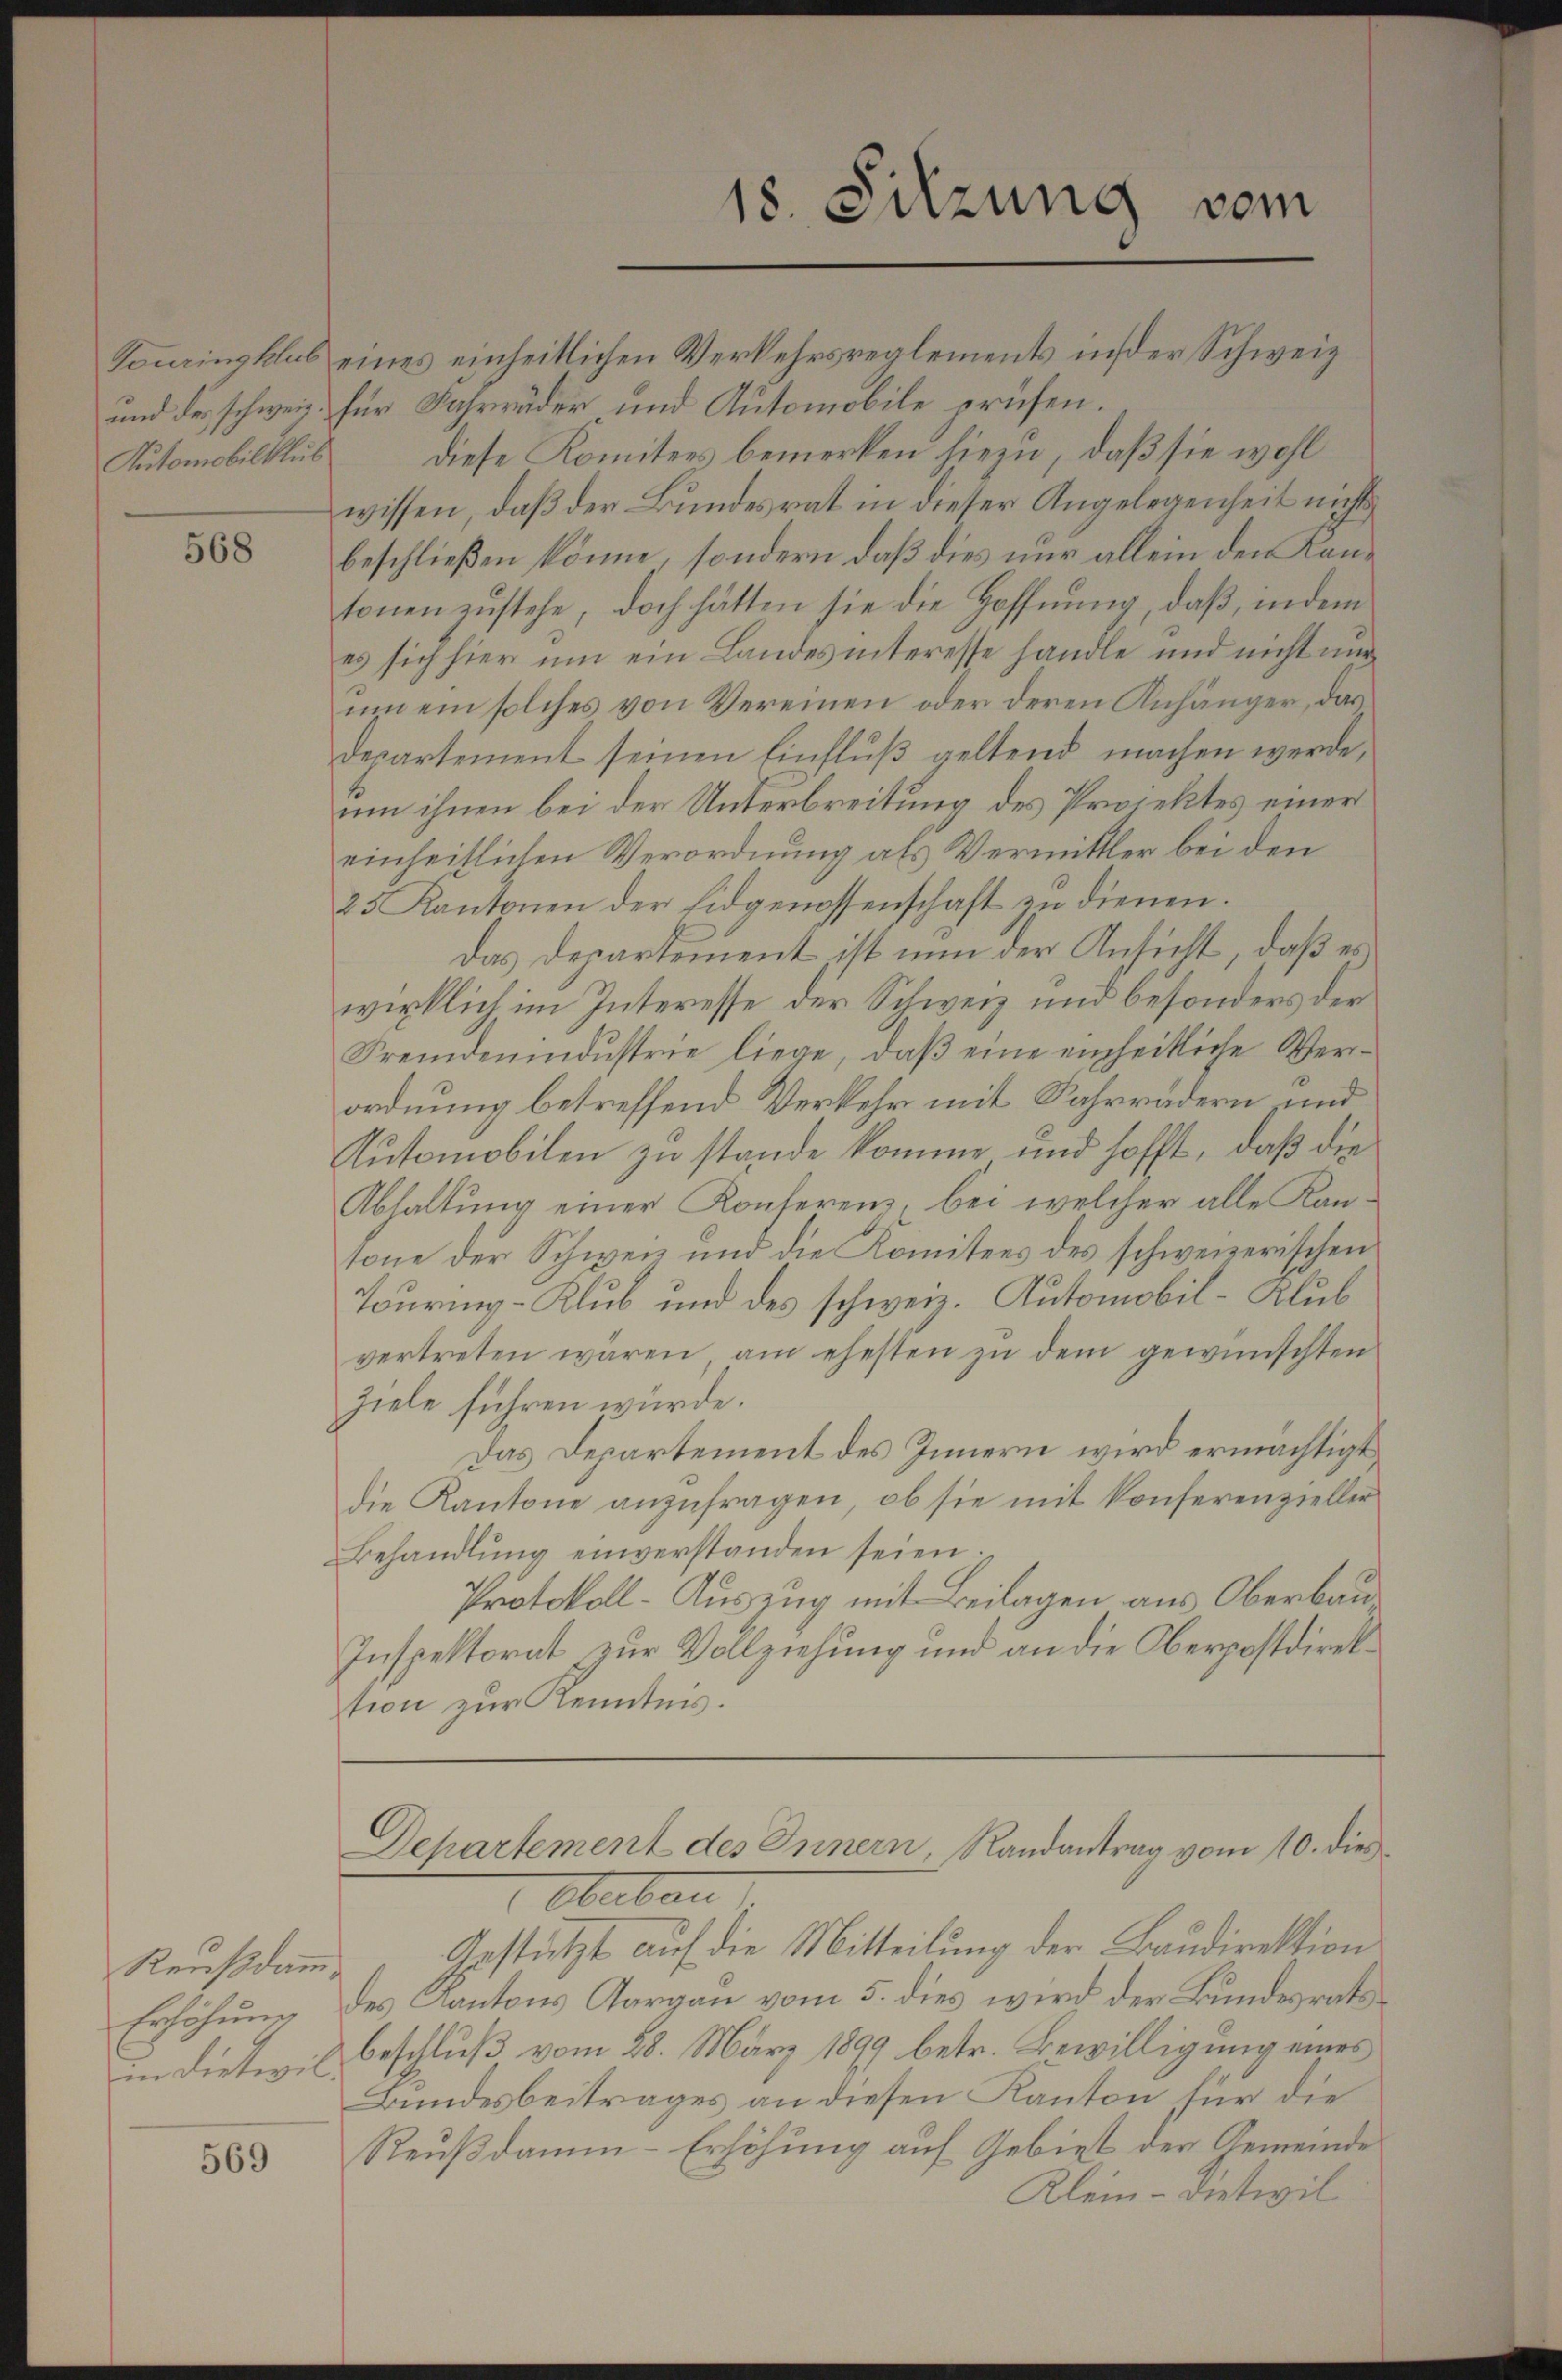
Automobilklub

568

Reussdam
Erhöhung

569

18. Sitzung vom

Tonringklub eines einheitlichen Verkehrsreglements in der Schweiz
und der schweiz. für Fahrräder und Automobile prüfen.
diese Komitees bemerken hiezu, daß sie wohl
wissen, daß der Bundesrat in dieser Angelegenheit nichts
beschließen könne, sondern daß dies nur allein den Kantonen zustehe, doch hätten sie die Hoffnung, daß, indem
es sich hier um ein Landes interesse handle und nicht nur
um ein solches von Vereinen oder deren Anhänger, das
Departement seinen Einfluß geltend machen werde,
um ihnen bei der Unterbreitung des Projektes einer
einheitlichen Verordnung als Vermittler bei den
25 Kantonen der Eidgenossenschaft zŭ dienen.
Das Departement ist nun der Ansicht, daß es
wirklich im Interesse der Schweiz und besonders der
Fremdenindŭstrie liege, daβ eine einheitliche Ver-
ordnung betreffend Verkehr mit Jahrrädern und
Tutomobilen zu stande komme und hofft, daß die
Abhaltung einer Konferenz, bei welcher alle Kantone der Schweiz und die Komitees des schweizerischen
Touring-Klub und des schweiz. Automobil-Klub
vertreten wären, am ehesten zŭ dem gewünschten
Ziele führen würde.
Das Departement des Innern wird ermächtigt,
die Kantone anzufragen, ob sie mit konferenzieller
Behandlŭng einverstanden seien.
Protokoll-Auszug mit Beilagen aus Oberbau
Inspektorat zur Vollziehung und an die Oberpostdirektion zur Kenntnis.
Departement des Innern, Randantrag vom 10. dies
Oberbau
Gestützt auf die Mitteilung der Baudirektion
des Kantons Aargau vom 5. dies wird der Bundesrats
in dieseil Beschluß vom 28. März 1899 betr. Bewilligung eines
Bundesbeitrages an diesen Kanton für die
Reußdamm-Erhöhung auf Gebiet der Gemeinde
Klein - Dietwil